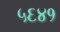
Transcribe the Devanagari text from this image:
५६४१